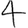
Digit: 4